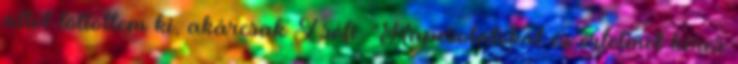
állót töltöttem ki, akárcsak Zsófi. "Kapcsolatokat és értelmet keres